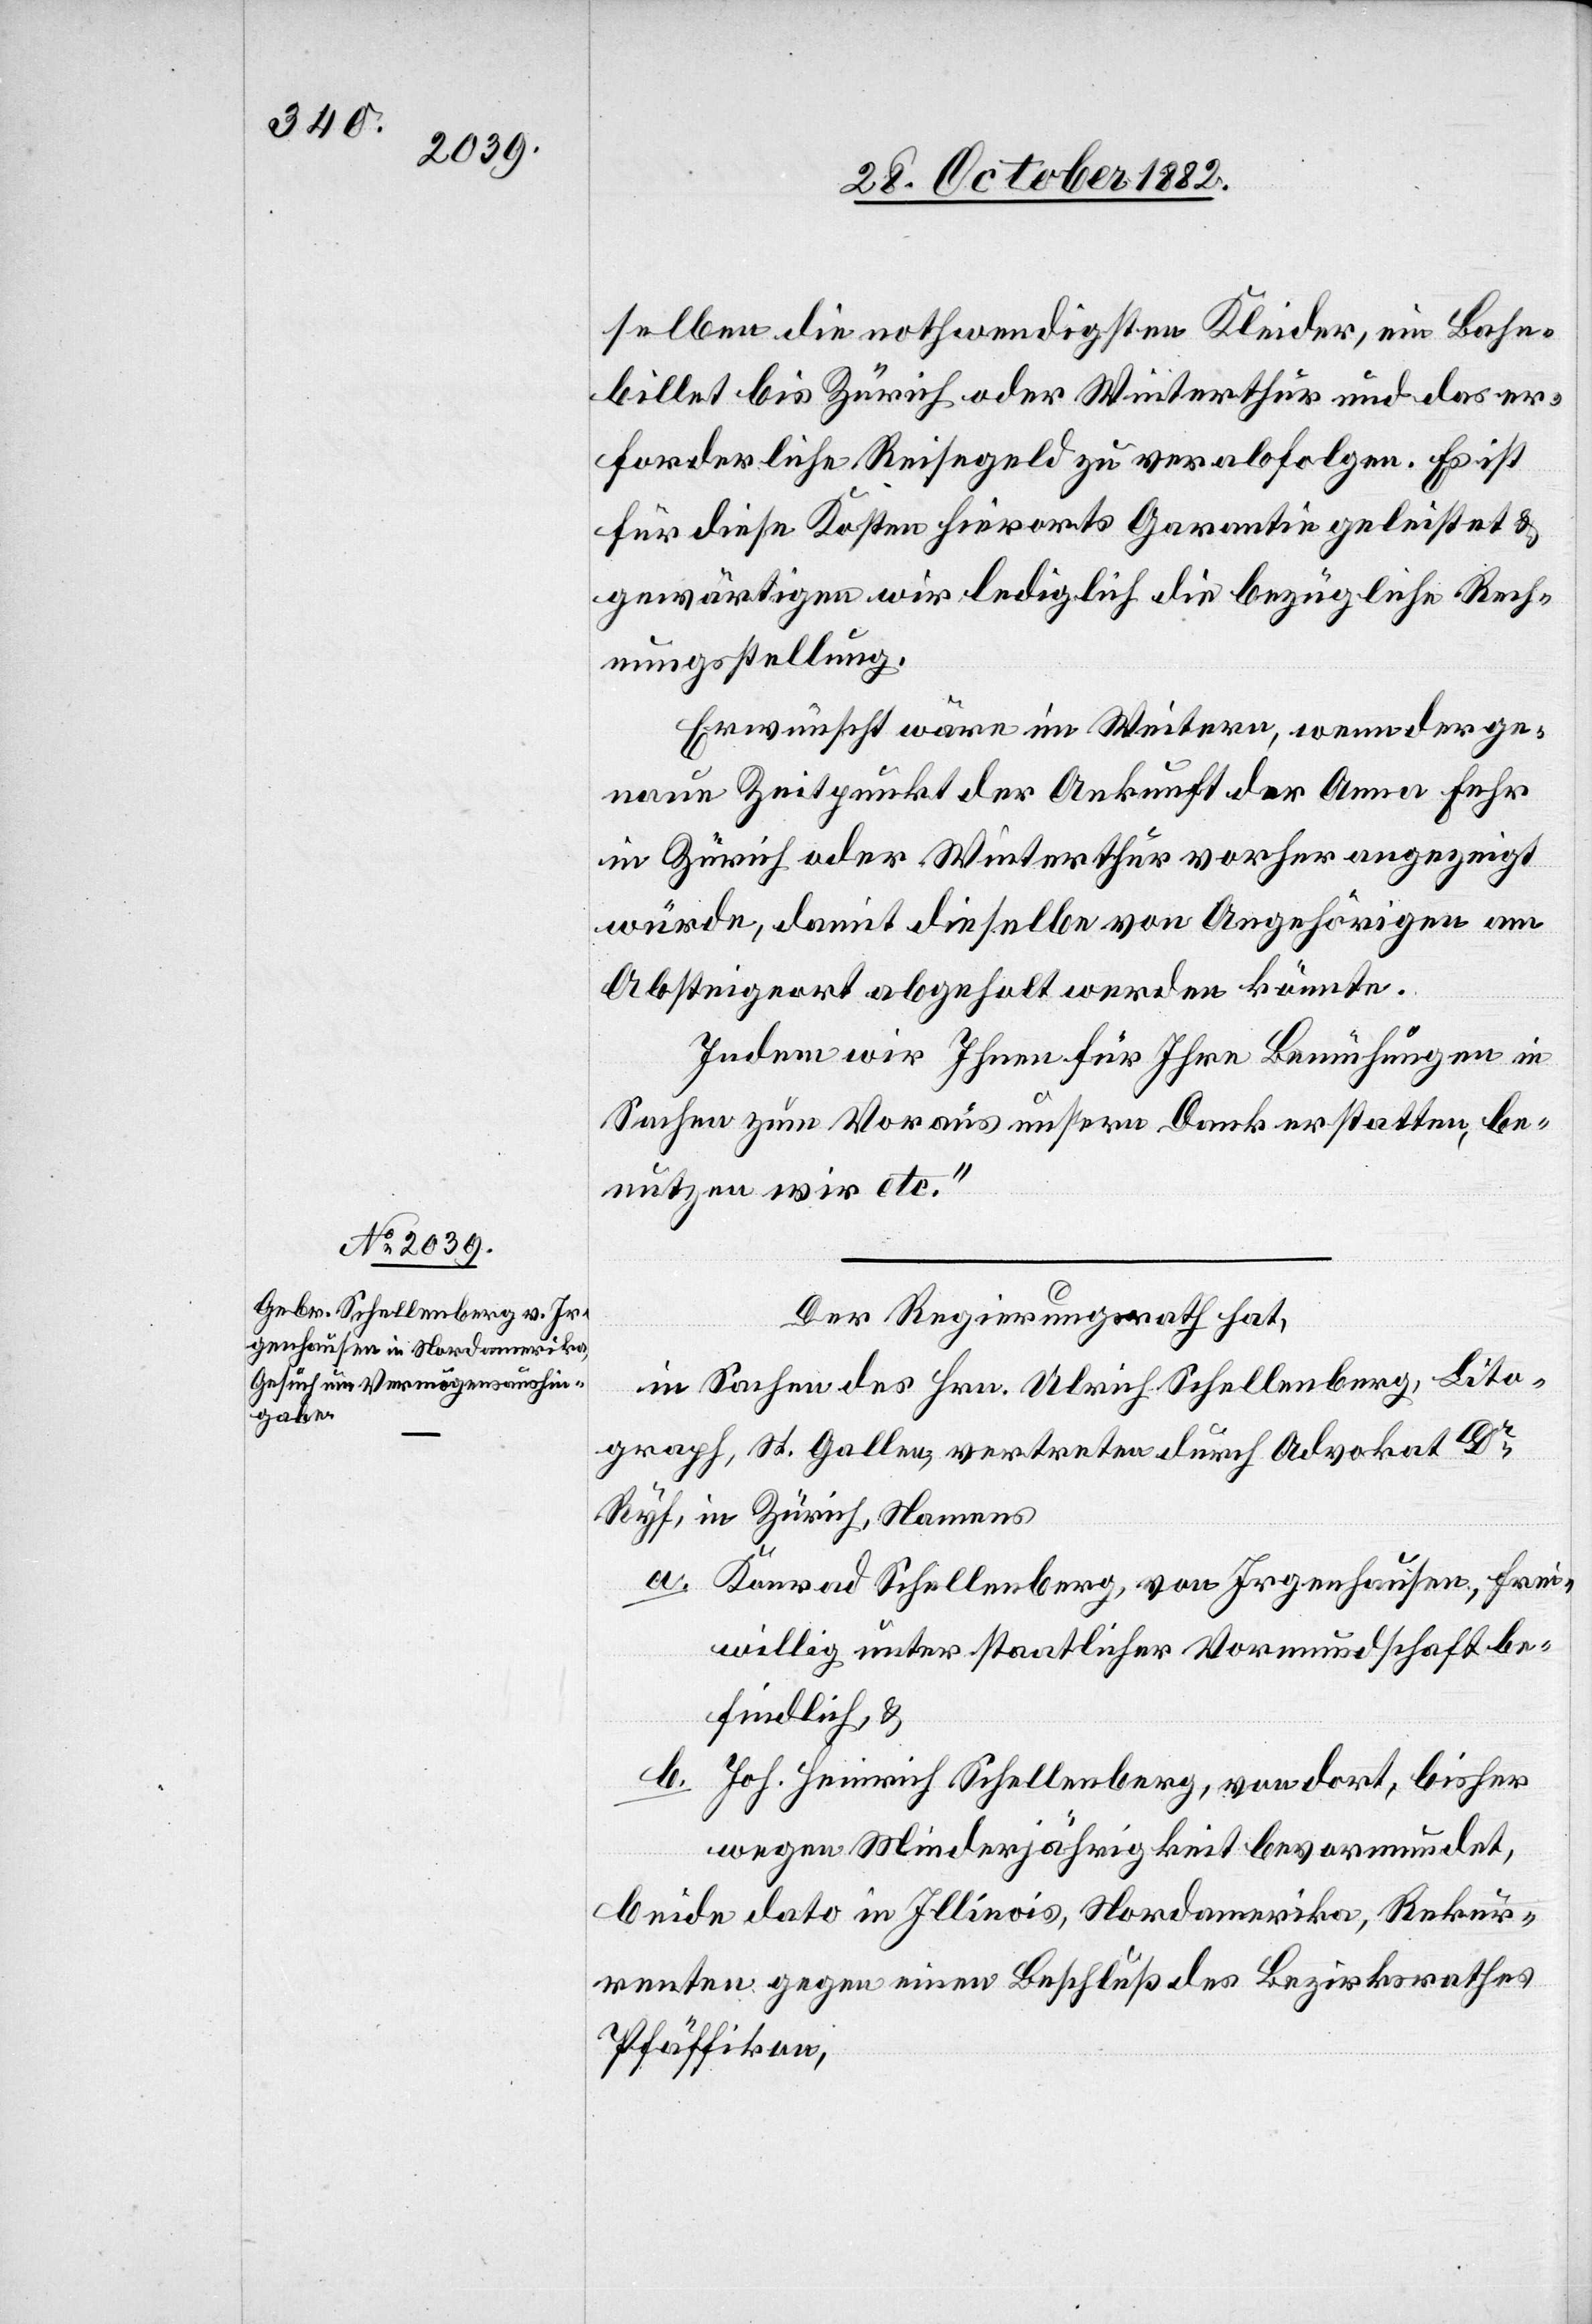
selben die nothwendigsten Kleider, ein Bahn¬
billet bis Zürich oder Winterthur und das er¬
forderliche Reisegeld zu verabfolgen. Es ist
für diese Kosten hierorts Garantie geleistet &
gewärtigen wir lediglich die bezügliche Rech¬
nungsstellung.
Erwünscht wäre im Weitern, wenn der ge¬
naue Zeitpunkt der Ankunft der Anna Fehr
in Zürich oder Winterthur vorher angezeigt
würde, damit dieselbe von Angehörigen am
Absteigeort abgeholt werden könnte.
Indem wir Ihnen für Ihre Bemühungen in
Sachen zum Voraus unsern Dank erstatten, be¬
nutzen wir etc.“
Der Regierungsrath hat,
in Sachen des Hrn. Ulrich Schellenberg, Lito¬
graph, St. Gallen, vertreten durch Advokat Dr
Ryf, in Zürich, Namens
a. Konrad Schellenberg, von Irgenhausen, frei¬
willig unter staatlicher Vormundschaft be¬
findlich, &
b. Joh. Heinrich Schellenberg, von dort, bisher
wegen Minderjährigkeit bevormundet,
beide dato in Illinois, Nordamerika, Rekur¬
renten gegen einen Beschluß des Bezirksrathes
Pfäffikon,